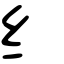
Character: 纟